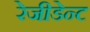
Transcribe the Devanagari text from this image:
रेजीडेन्ट